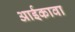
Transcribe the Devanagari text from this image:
आईकावा